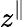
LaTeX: z^{\parallel}